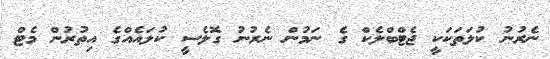
ނެރުނު ކުލަތަކަކީ ޖެޓްބްލެކް ގެ ނަމުން ނެރުނު ގޮލެސީ ކުލައެއްގެ އިތުރުން މެޓް